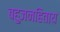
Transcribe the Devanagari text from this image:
बहुजनहिताय